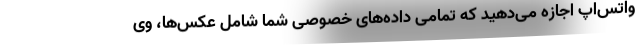
واتس‌اپ اجازه می‌دهید که تمامی داده‌های خصوصی شما شامل عکس‌ها، وی